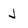
Character: J